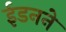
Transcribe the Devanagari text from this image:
ईडनने